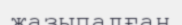
жазыпалған